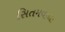
સિતમવાળા